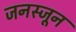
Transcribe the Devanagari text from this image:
जनस्जून